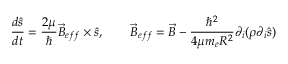
\frac { d \hat { s } } { d t } = \frac { 2 \mu } { \hbar } \vec { B } _ { e f f } \times \hat { s } , \qquad \vec { B } _ { e f f } = \vec { B } - \frac { \hbar ^ { 2 } } { 4 \mu m _ { e } R ^ { 2 } } \partial _ { i } ( \rho \partial _ { i } \hat { s } )